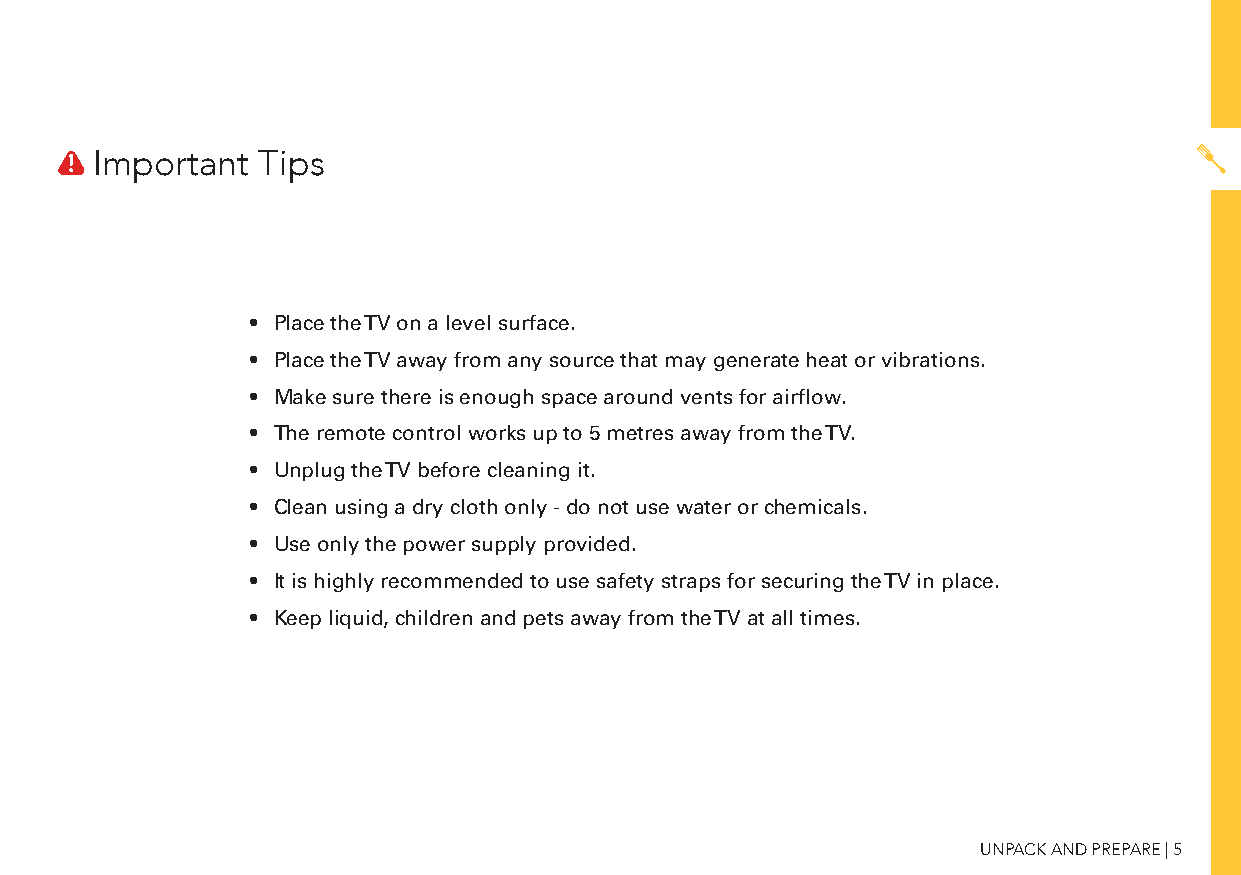
Important  Tips
 • Place the TV on a level surface.
 • Place the TV away from any source that may generate heat or vibrations.
 • Make sure there is enough space around vents for airflow.
 • The remote control works up to 5 metres away from the TV.
 • Unplug the TV before cleaning it.
 • Clean using a dry cloth only - do not use water or chemicals.
 • Use only the power supply provided.
 • It is highly recommended to use safety straps for securing the TV in place.
 • Keep liquid, children and pets away from the TV at all times.
 UNPACK AND PREPARE | 5